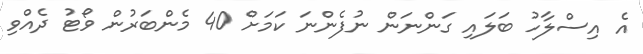
އެ އިސްލާހު ބަލައި ގަންނަން ނުފެންނަ ކަމަށް 40 މެންބަރުން ވޯޓު ދެއްވި